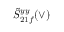
\tilde { S } _ { 2 1 f } ^ { y y } ( \vee )